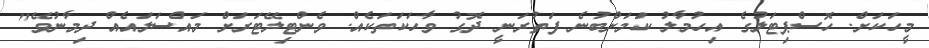
މީހަކަށް. ހޮސްޕިޓަލުގެ އިހުމާލު ކަމަށްބުނެ ފަތުރަނީ ދޮގު ވާހަކަތަކެއް. ވެންޓިލޭޓަރަށް މައްސަލައެއް ދިމާނުވޭ"